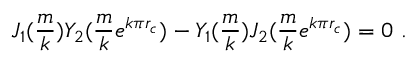
J _ { 1 } ( \frac { m } { k } ) Y _ { 2 } ( \frac { m } { k } e ^ { k \pi r _ { c } } ) - Y _ { 1 } ( \frac { m } { k } ) J _ { 2 } ( \frac { m } { k } e ^ { k \pi r _ { c } } ) = 0 \ .